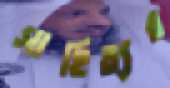
সাহিত্যর